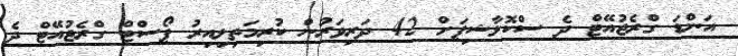
އަންޑަ ގްރެޖުއޭޓް ދެ ސްކޮލާޝިޕަށް 42 ދަރިވަރުން ކުރިމަތިލިއިރު ޕޯސްޓް ގްރެޖުއޭޓް ދެ